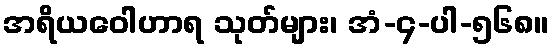
အရိယဝေါဟာရ သုတ်များ၊ အံ-၄-ပါ-၅၆၈။